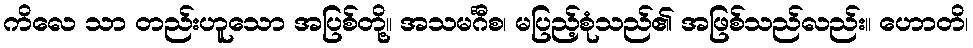
ကိလေ သာ တည်းဟူသော အပြစ်တို့။ အသမင်္ဂီစ၊ မပြည့်စုံသည်၏ အဖြစ်သည်လည်း။ ဟောတိ၊